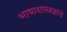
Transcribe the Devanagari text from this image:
भाषाशास्त्रज्ञांचे